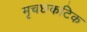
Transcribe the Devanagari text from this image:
मृचछकटिक